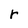
Character: r